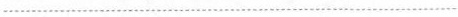
................................................................................